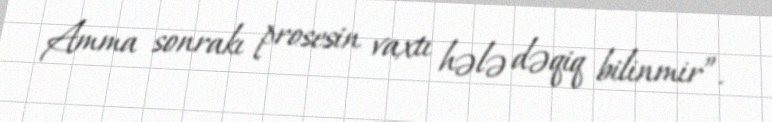
Amma sonrakı prosesin vaxtı hələ dəqiq bilinmir”.